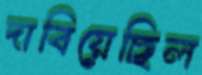
দাবিয়েছিল